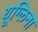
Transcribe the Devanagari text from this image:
यूग्लिना